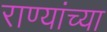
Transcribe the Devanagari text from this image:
राण्यांच्या